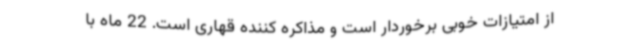
از امتیازات خوبی برخوردار است و مذاکره کننده قهاری است. 22 ماه با